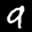
Label: 9